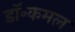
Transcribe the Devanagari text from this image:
डॉ॰कमल